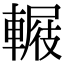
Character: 𨍿